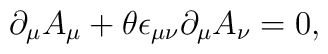
\partial _{\mu}A_{\mu}+\theta \epsilon _{\mu \nu}\partial _{\mu}A_{\nu}=0,